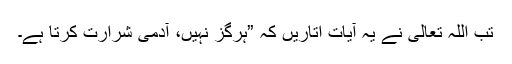
تب اللہ تعالیٰ نے یہ آیات اتاریں کہ ”ہرگز نہیں، آدمی شرارت کرتا ہے۔